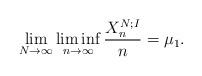
LaTeX: \begin{align*}\lim_{N\to\infty}\liminf_{n\to\infty}\frac{X^{N;I}_n}n=\mu_1.\end{align*}